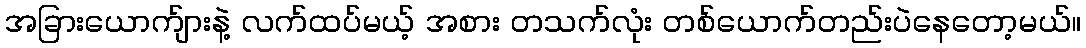
အခြားယောက်ျားနဲ့ လက်ထပ်မယ့် အစား တသက်လုံး တစ်ယောက်တည်းပဲနေတော့မယ်။